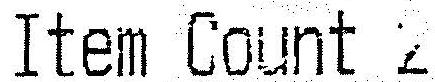
ITEM COUNT 2